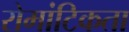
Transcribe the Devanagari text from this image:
रोमांटिकता